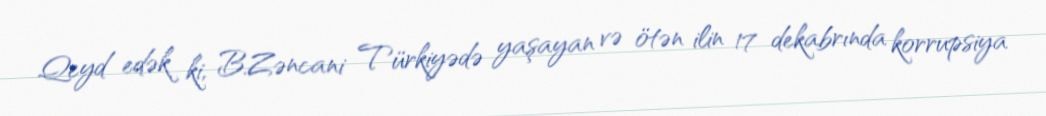
Qeyd edək ki, B.Zəncani Türkiyədə yaşayan və ötən ilin 17 dekabrında korrupsiya